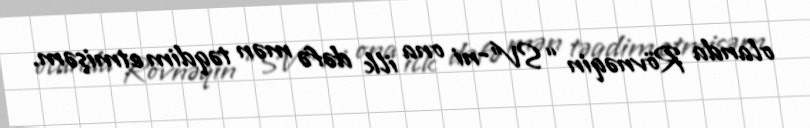
olanda Rövnəqin “SV”-ni ona ilk dəfə mən təqdim etmişəm.